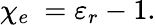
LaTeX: \chi_{e}\ =\varepsilon_{r}-1.